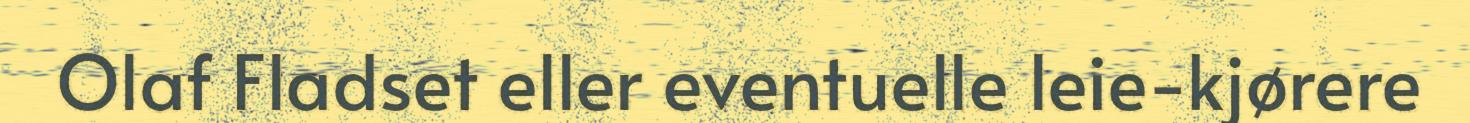
Olaf Fladset eller eventuelle leie-kjørere